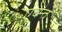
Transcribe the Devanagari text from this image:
एवेन्त